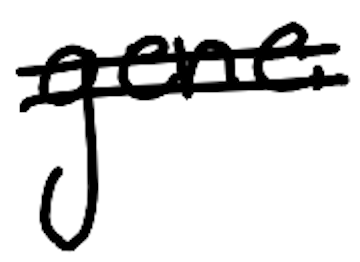
Text: gene
Cross-out: double-line
Writing tool: digital_black